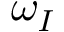
\omega _ { I }